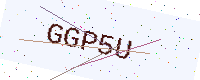
Text: GGP5U